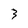
Character: 3